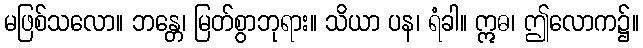
မဖြစ်သလော။ ဘန္တေ၊ မြတ်စွာဘုရား။ သိယာ ပန၊ ရံခါ။ ဣဓ၊ ဤလောက၌။